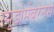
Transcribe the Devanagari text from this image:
स्यूडोमेंबरेनस